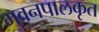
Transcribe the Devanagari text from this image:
भुवनपालकृत